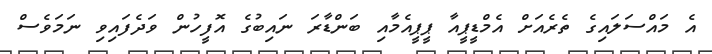
އެ މައްސަލައިގެ ތެރެއަށް އެމްޑީޕީއާ ޕީޕީއެމާއި ބަންޑާރަ ނައިބުގެ އޮފީހުން ވަދެފައިވި ނަމަވެސް